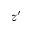
z ^ { \prime }